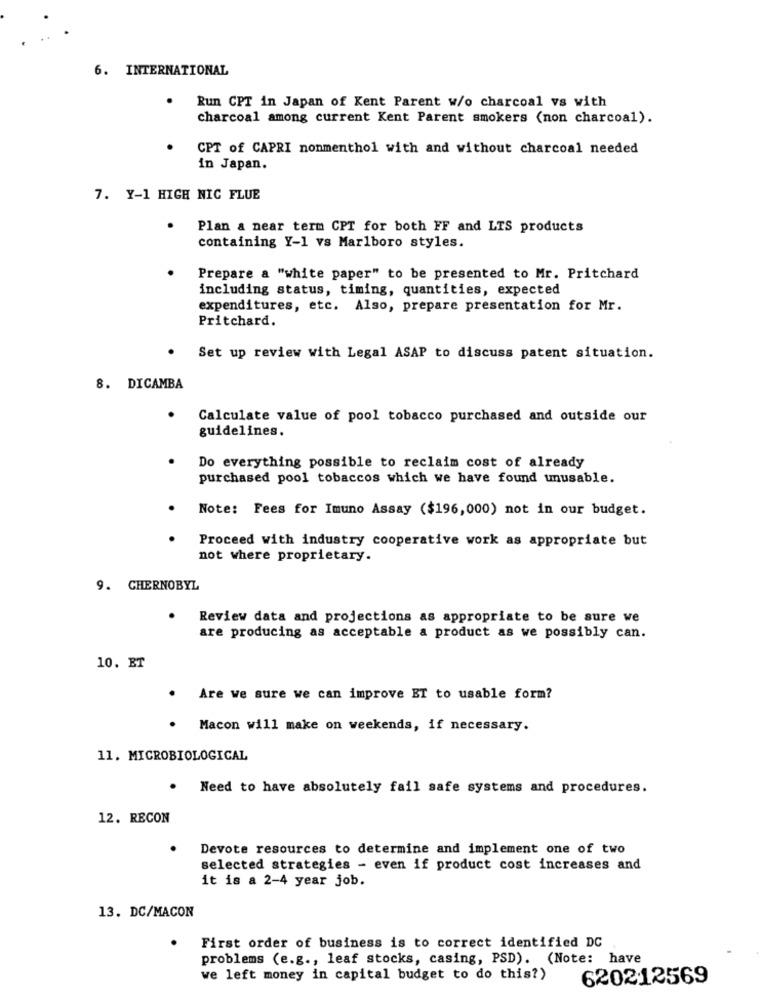
6. INTERNATIONAL
.
Run CPT in Japan of Kent Parent w/o charcoal vs with
charcoal among current Kent Parent smokers (non charcoal).
CPT of CAPRI nonmenthol with and without charcoal needed
in Japan.
7. Y-1 HIGH NIC FLUE
Plan & near term CPT for both FF and LTS products
containing Y-1 vs Marlboro styles.
Prepare a "white paper" to be presented to Mr. Pritchard
including status, timing, quantities, expected
expenditures, etc. Also, prepare presentation for Mr.
Pritchard.
Set up review with Legal ASAP to discuss patent situation.
8. DICAMBA
Calculate value of pool tobacco purchased and outside our
guidelines.
Do everything possible to reclaim cost of already
purchased pool tobaccos which we have found unusable.
Note: Fees for Imuno Assay ($196,000) not in our budget.
Proceed with industry cooperative work as appropriate but
not where proprietary.
9. CHERNOBYL
· Review data and projections as appropriate to be sure we
are producing as acceptable a product as we possibly can.
10. ET
Are we sure we can improve ET to usable form?
Macon will make on weekends, if necessary.
11. MICROBIOLOGICAL
.
Need to have absolutely fail safe systems and procedures.
12. RECON
Devote resources to determine and implement one of two
selected strategies - even if product cost increases and
it is a 2-4 year job.
13. DC/MACON
First order of business is to correct identified DC
problems (e.g ., leaf stocks, casing, PSD). (Note: have
we left money in capital budget to do this?)
620212569